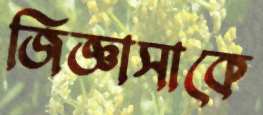
জিজ্ঞাসাকে